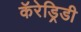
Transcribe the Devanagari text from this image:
कॅरेड्रिडी